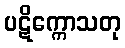
ပဋိက္ကောသတု